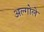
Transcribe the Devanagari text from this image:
अल्गोले